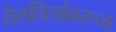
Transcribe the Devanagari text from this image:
तैलचित्रांवरून